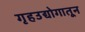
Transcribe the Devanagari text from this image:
गृहउद्योगातून